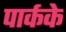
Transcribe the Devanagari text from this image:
पार्कके